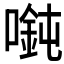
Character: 𫫲